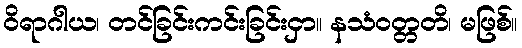
ဝိရာဂါယ၊ တင်ခြင်းကင်းခြင်းငှာ။ နသံဝတ္တတိ၊ မဖြစ်။